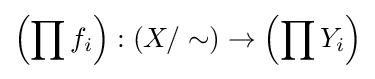
\left(\prod f_{i}\right):(X/\sim )\to \left(\prod Y_{i}\right)